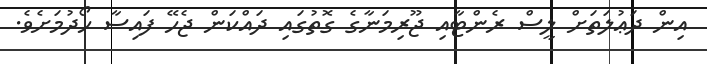
އިން ދަޢުލަތަށް ލީސް ރެންޓާއި ޖޫރިމަނާގެ ގޮތުގައި ދައްކަން ޖެހޭ ފައިސާ ހޯދުމަށެވެ.